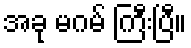
အခု မဂမ် ကြီးပြီ။